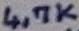
Text: 4,7K